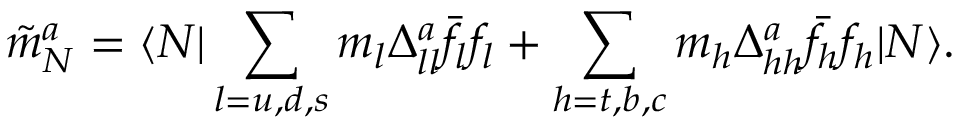
\tilde { m } _ { N } ^ { a } = \langle N | \sum _ { l = u , d , s } m _ { l } \Delta _ { l l } ^ { a } \bar { f _ { l } } f _ { l } + \sum _ { h = t , b , c } m _ { h } \Delta _ { h h } ^ { a } \bar { f _ { h } } f _ { h } | N \rangle .